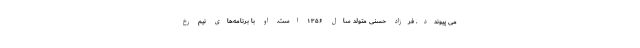
می پیوندد. فرزاد حسنی متولد سال ۱۳۵۶ است. او با برنامه‌های نیم رخ